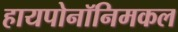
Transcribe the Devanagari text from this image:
हायपोनॉनिमकल